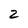
Character: 2